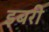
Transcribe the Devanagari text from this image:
इबरी